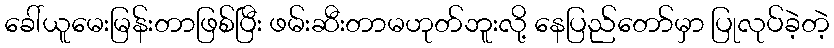
ခေါ်ယူမေးမြန်းတာဖြစ်ပြီး ဖမ်းဆီးတာမဟုတ်ဘူးလို့ နေပြည်တော်မှာ ပြုလုပ်ခဲ့တဲ့